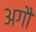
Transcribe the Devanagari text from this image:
अगौ